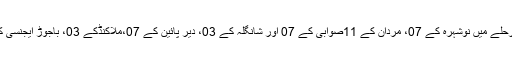
21سے 23مئی تک شروع ہونیوالے دوسرے مرحلے میں نوشہرہ کے 07، مردان کے 11صوابی کے 07 اور شانگلہ کے 03، دیر پائین کے 07،ملاکنڈکے 03، باجوڑ ایجنسی کے 03 ریٹرننگ افسرا ن کو تربیت دی جائیگی۔